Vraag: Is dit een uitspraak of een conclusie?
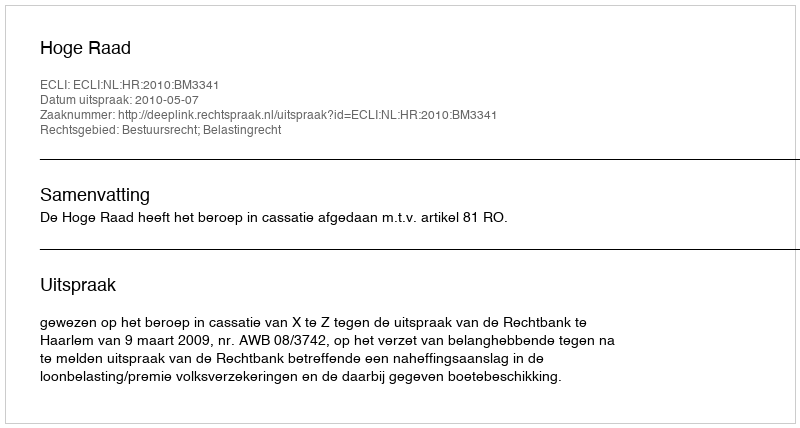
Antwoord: Uitspraak